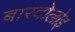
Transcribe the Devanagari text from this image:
बारदोलोइ